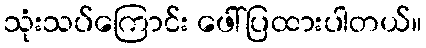
သုံးသပ်ကြောင်း ဖေါ်ပြထားပါတယ်။